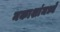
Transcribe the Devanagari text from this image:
नकाशांमध्ये